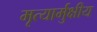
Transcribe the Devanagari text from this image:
मृत्यार्मुक्षीय